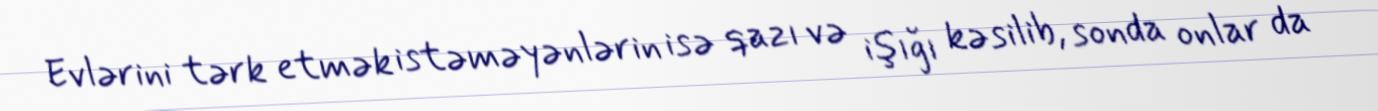
Evlərini tərk etmək istəməyənlərin isə qazı və işığı kəsilib, sonda onlar da